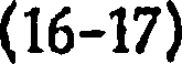
(16-17)